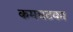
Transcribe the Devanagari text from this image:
कमचटका